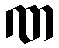
ဏ